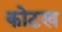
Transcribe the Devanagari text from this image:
कोटख